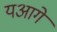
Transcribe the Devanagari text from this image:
यआगे